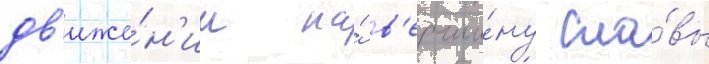
дв'иже́н'ии на́ в'ерши́ну сла́вы